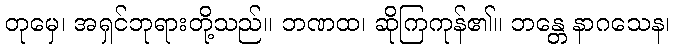
တုမှေ၊ အရှင်ဘုရားတို့သည်။ ဘဏထ၊ ဆိုကြကုန်၏။ ဘန္တေ နာဂသေန၊